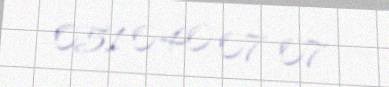
051 040 07 07